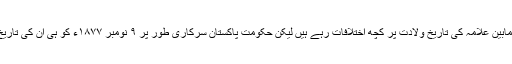
مختلف تاریخ دانوں کے مابین علامہ کی تاریخ ولادت پر کچھ اختلافات رہے ہیں لیکن حکومت پاکستان سرکاری طور پر ٩ نومبر ١٨۷۷ء کو ہی ان کی تاریخ پیدائش تسلیم کرتی ہے۔